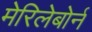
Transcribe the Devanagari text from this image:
मेरिलेबोर्न